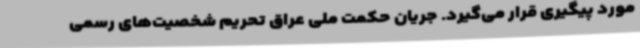
مورد پیگیری قرار می‌گیرد. جریان حکمت ملی عراق تحریم شخصیت‌های رسمی